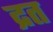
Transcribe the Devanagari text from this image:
द्रत